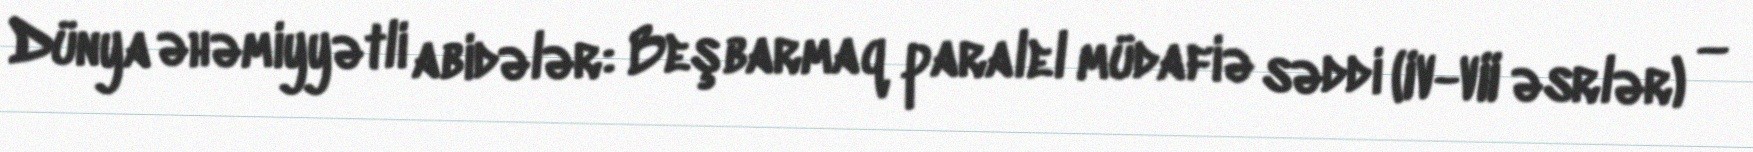
Dünya əhəmiyyətli abidələr: Beşbarmaq paralel müdafiə səddi (IV-VII əsrlər) —